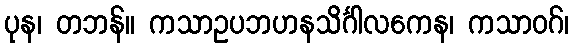
ပုန၊ တဘန်။ ကသာဥပဘဟနသိင်္ဂါလကေန၊ ကသာဝဂ်၊